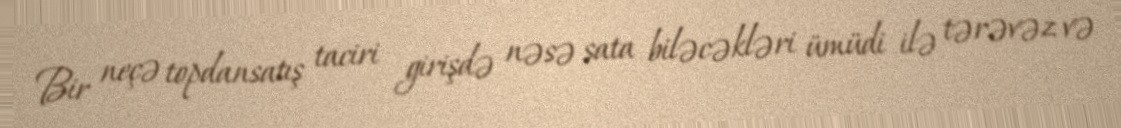
Bir neçə topdansatış taciri girişdə nəsə sata biləcəkləri ümüdi ilə tərəvəz və